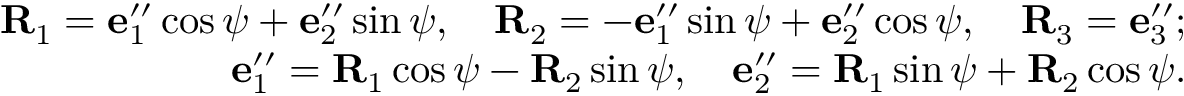
\begin{array} { r } { { \bf R } _ { 1 } = { \bf e } _ { 1 } ^ { \prime \prime } \cos \psi + { \bf e } _ { 2 } ^ { \prime \prime } \sin \psi , \quad { \bf R } _ { 2 } = - { \bf e } _ { 1 } ^ { \prime \prime } \sin \psi + { \bf e } _ { 2 } ^ { \prime \prime } \cos \psi , \quad { \bf R } _ { 3 } = { \bf e } _ { 3 } ^ { \prime \prime } ; } \\ { { \bf e } _ { 1 } ^ { \prime \prime } = { \bf R } _ { 1 } \cos \psi - { \bf R } _ { 2 } \sin \psi , \quad { \bf e } _ { 2 } ^ { \prime \prime } = { \bf R } _ { 1 } \sin \psi + { \bf R } _ { 2 } \cos \psi . } \end{array}